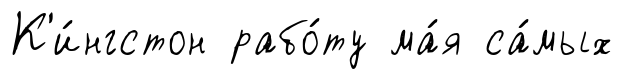
К'и́нгстон рабо́ту ма́я са́мых